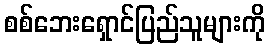
စစ်ဘေးရှောင်ပြည်သူများကို